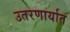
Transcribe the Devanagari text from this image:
उतरणार्यात